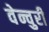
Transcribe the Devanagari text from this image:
वेन्चुरी